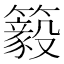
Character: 䉨